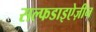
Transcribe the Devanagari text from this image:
सल्फडाइऐज़ीन